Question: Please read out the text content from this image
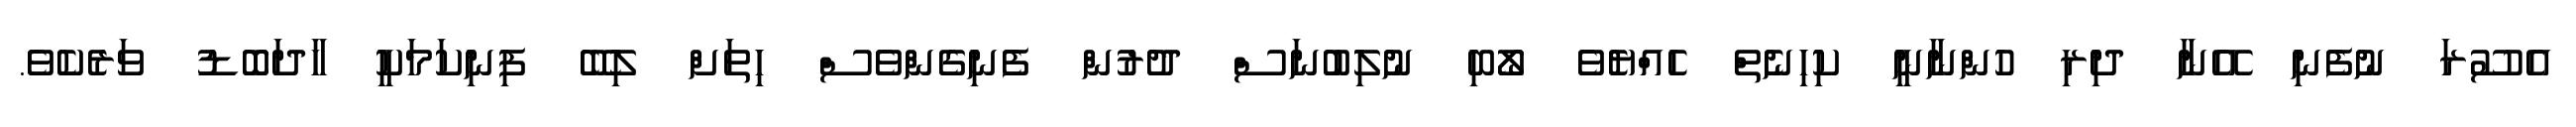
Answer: އެސޫރަ ނުފެނި އޭނާ ދިރި ހުންނާނީ ކިހިނެތް ހެއްޔެވެ ލޯބި ނުލިބުނަސް ދުރުން ފެނިގެންވެސް ހިތަށް ލިބޭ ފިނިކަމަކީ ހާދަބޮޑު ވަރެކެވެ.